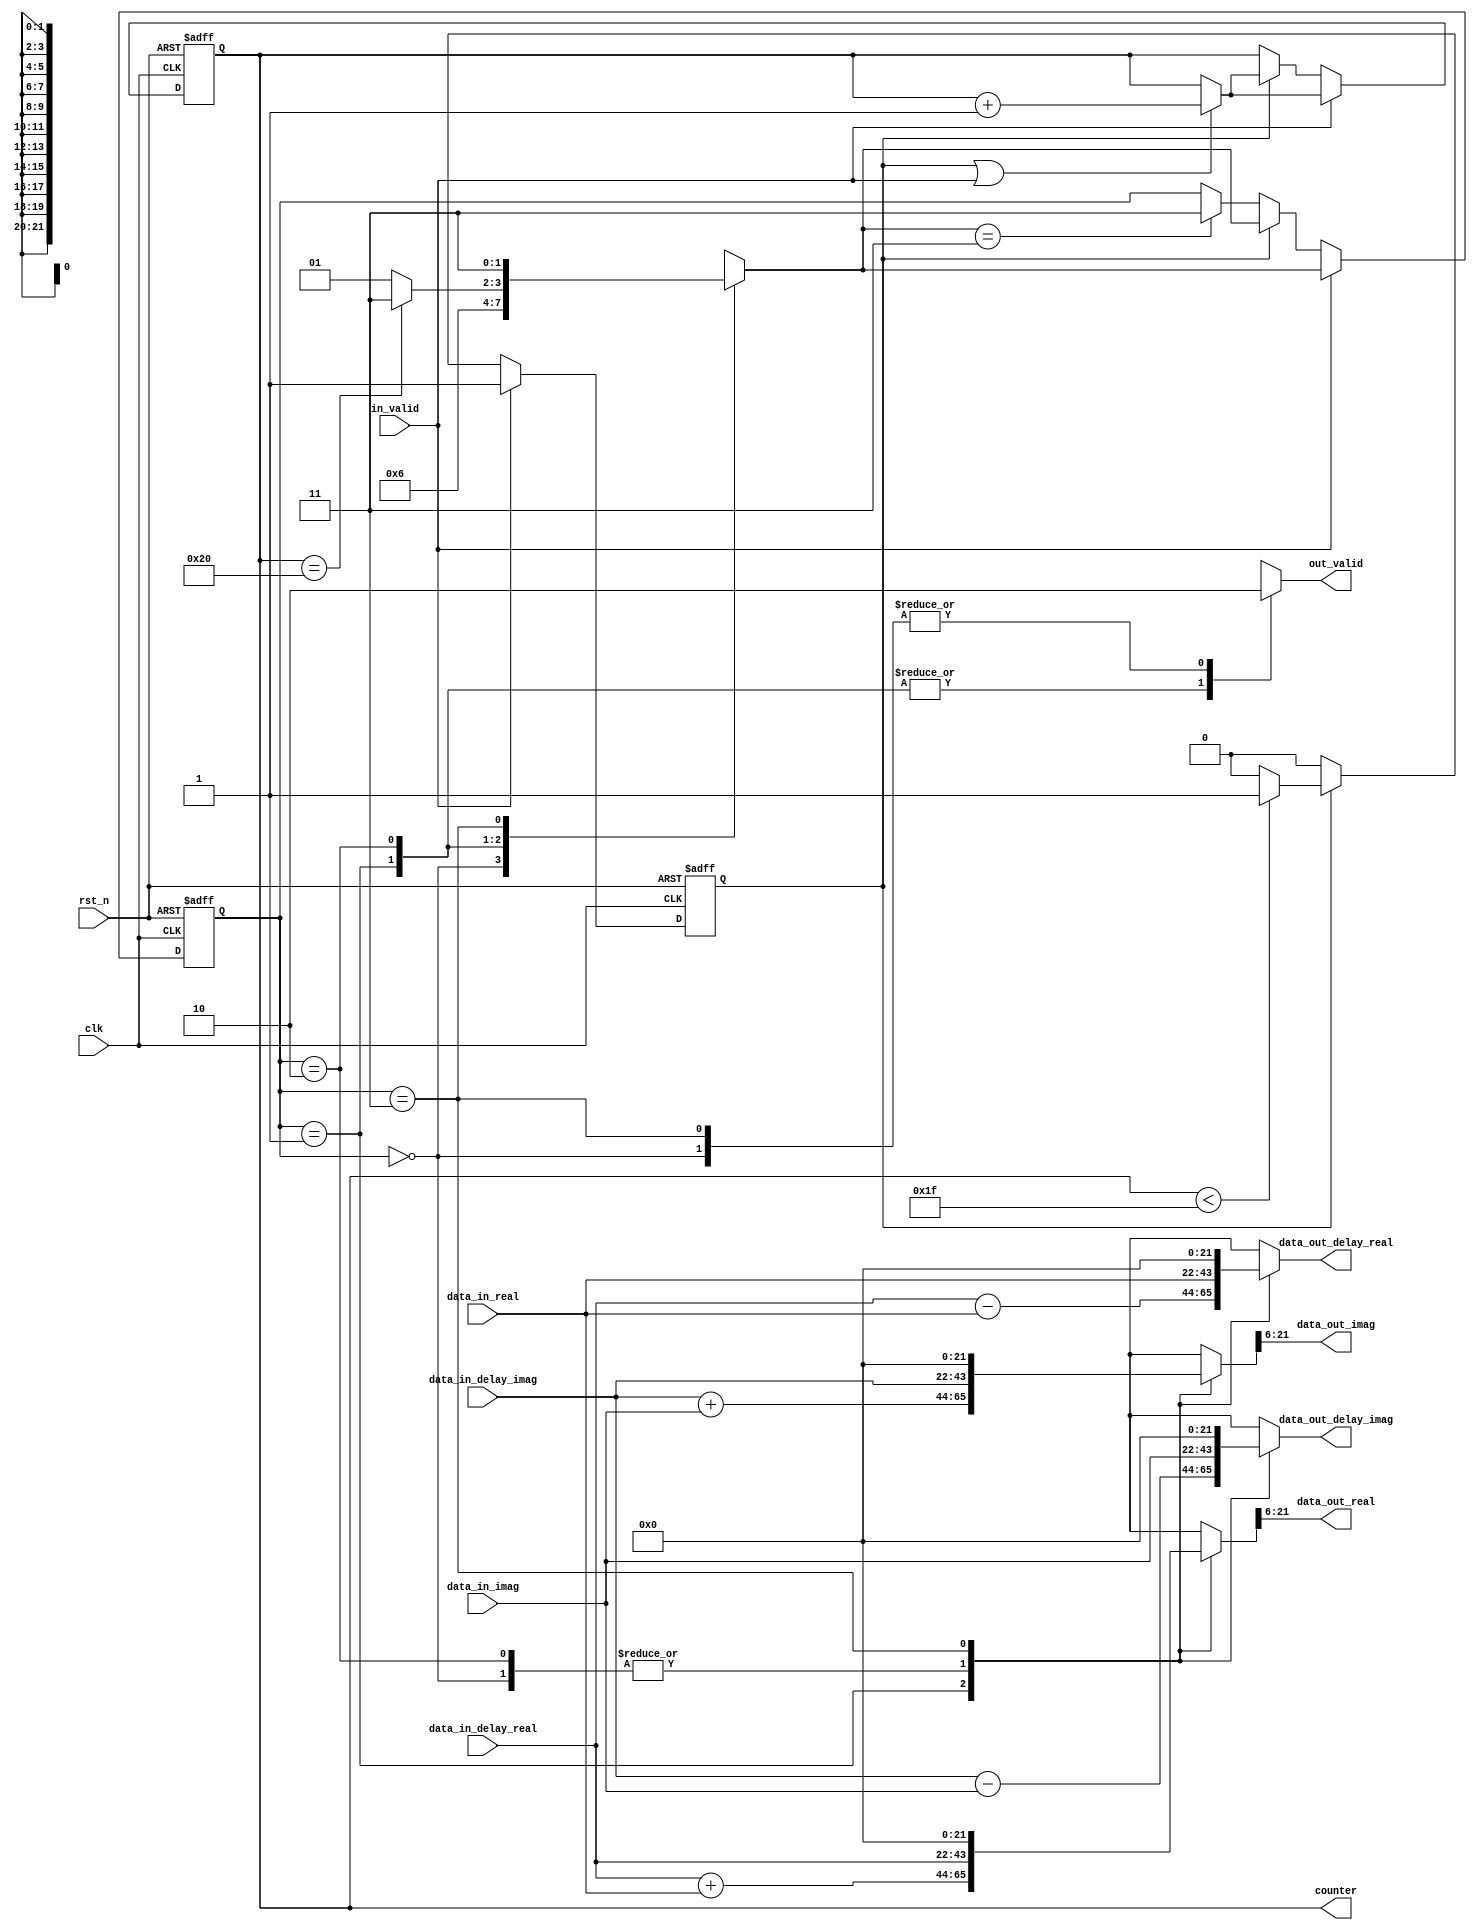
module butter_fly_1(
    input clk,
    input rst_n,
    input in_valid,
    input signed[21:0] data_in_real,
    input signed[21:0] data_in_imag,
    input signed[21:0] data_in_delay_real,
    input signed[21:0] data_in_delay_imag,
    output [5:0] counter,
    output reg out_valid,
    output reg signed[21:0] data_out_delay_real,
    output reg signed[21:0] data_out_delay_imag,
    output signed[15:0] data_out_real,
    output signed[15:0] data_out_imag
);
reg valid,nxt_valid;
reg [1:0] curr_state;
reg [1:0] next_state;
reg [5:0] reg_counter;
reg [5:0] nxt_counter;
reg [22:0] reg_data_out_real,reg_data_out_imag;
assign counter = reg_counter;
assign data_out_real = reg_data_out_real[21:6];
assign data_out_imag = reg_data_out_imag[21:6];


always@(*)begin
    nxt_valid = (reg_counter<31)?valid:'d0;
    nxt_counter = (valid || in_valid)?reg_counter + 'd1:reg_counter;
end

always@(*)begin
    case (curr_state)//synopsys full_case
    2'b00: begin
        data_out_delay_real = data_in_real;
        data_out_delay_imag = data_in_imag;
        reg_data_out_real = data_in_delay_real;
        reg_data_out_imag = data_in_delay_imag;
        out_valid = 'd0;
        next_state = 2'b01;
    end
    2'b01: begin
        data_out_delay_real = data_in_delay_real - data_in_real;
        data_out_delay_imag = data_in_delay_imag - data_in_imag;
        reg_data_out_real = data_in_delay_real + data_in_real;
        reg_data_out_imag = data_in_delay_imag + data_in_imag;
        out_valid = 'd1;
        next_state = 2'b10;
    end
    2'b10:begin
        data_out_delay_real = data_in_real;
        data_out_delay_imag = data_in_imag;
        reg_data_out_real = data_in_delay_real;
        reg_data_out_imag = data_in_delay_imag;
        out_valid = 'd1;
        next_state = (reg_counter==32)?2'b11:2'b01;
    end
    2'b11:begin
        next_state = 2'b11;
        data_out_delay_real = 'd0;
        data_out_delay_imag = 'd0;
        reg_data_out_real = 'd0;
        reg_data_out_imag = 'd0;
        out_valid = 'd0;
    end
    endcase
end


always@(posedge clk or negedge rst_n)begin
    if(!rst_n)begin
        reg_counter <= 0;
        valid <= 0;
        curr_state <= 0;
    end
    else begin
        if(in_valid)begin
            reg_counter <= nxt_counter;
            valid <= in_valid;
            curr_state <= next_state;

        end
        else if(valid)begin
            reg_counter <= nxt_counter;
            valid <= nxt_valid;
            curr_state <= next_state;
        end
        else if(next_state == 2'b11)begin
            curr_state <= 2'b11;
        end


    end
end
endmodule